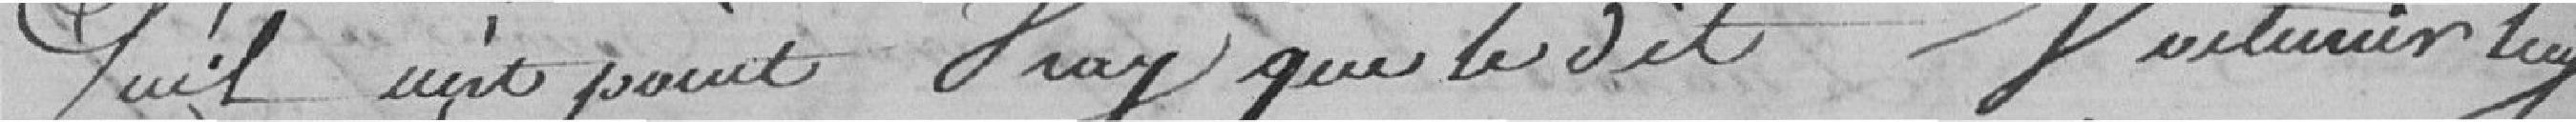
Qu'il n'est point vrai que le dit voiturier lui